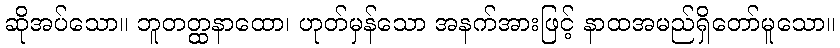
ဆိုအပ်သော။ ဘူတတ္ထနာထော၊ ဟုတ်မှန်သော အနက်အားဖြင့် နာထအမည်ရှိတော်မူသော။